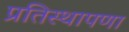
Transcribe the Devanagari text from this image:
प्रतिस्थापणा